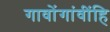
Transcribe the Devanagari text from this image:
गावोंगांवींहि